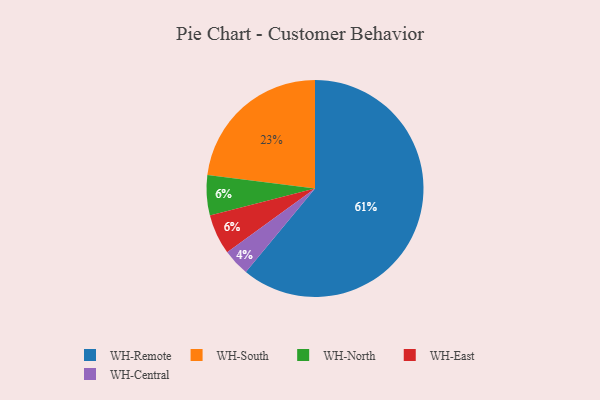
{"axis": {"x": "Category", "y": "Percentage"}, "legend": ["WH-Central", "WH-East", "WH-North", "WH-Remote", "WH-South"], "data": [{"x": "WH-Central", "y": 4, "type": "WH-Central"}, {"x": "WH-North", "y": 6, "type": "WH-North"}, {"x": "WH-East", "y": 6, "type": "WH-East"}, {"x": "WH-Remote", "y": 61, "type": "WH-Remote"}, {"x": "WH-South", "y": 23, "type": "WH-South"}]}